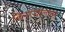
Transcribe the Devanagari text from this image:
किनाऱ्यांलगत